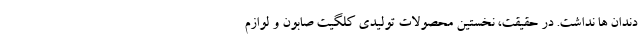
دندان ها نداشت. در حقیقت، نخستین محصولات تولیدی کلگیت صابون و لوازم